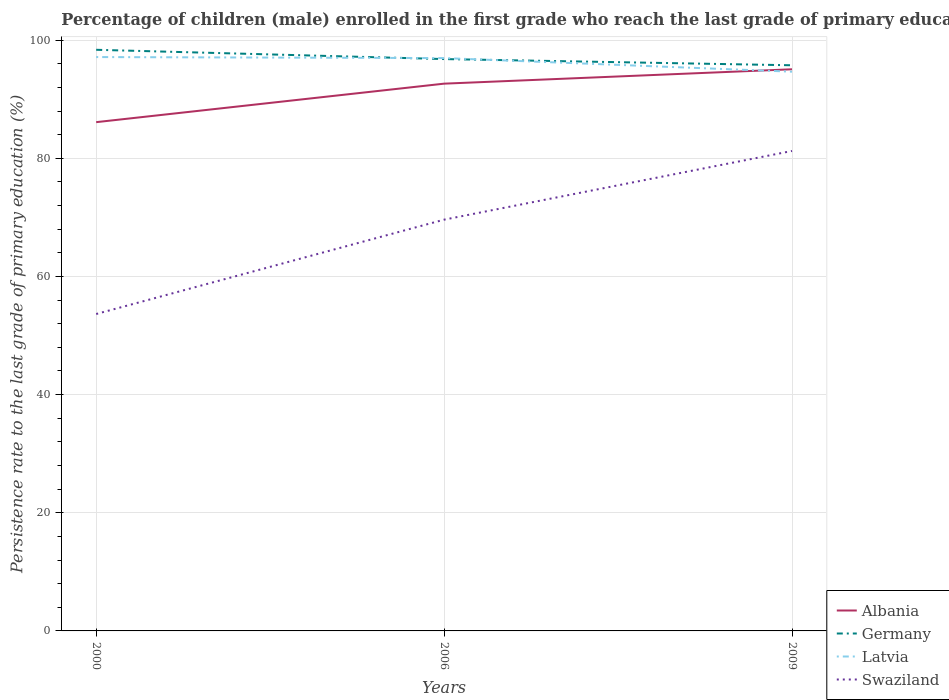
| Years | Albania | Germany | Latvia | Swaziland |
 | --- | --- | --- | --- | --- |
 | 2000 | 86.1 | 98.4 | 97.1 | 53.6 |
 | 2006 | 92.6 | 96.8 | 97 | 69.6 |
 | 2009 | 95.1 | 95.7 | 94.7 | 81.2 |